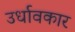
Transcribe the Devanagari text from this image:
उर्धावकार